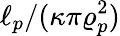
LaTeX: \ell_{p}/(\kappa\pi\varrho_{p}^{2})